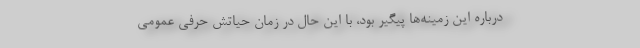
درباره این زمینه‌ها پیگیر بود، با این حال در زمان حیاتش حرفی عمومی